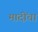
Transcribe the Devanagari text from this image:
मादींचा